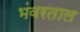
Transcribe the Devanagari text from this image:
भंवरताल